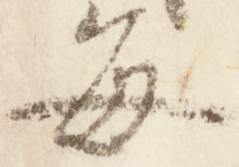
毎